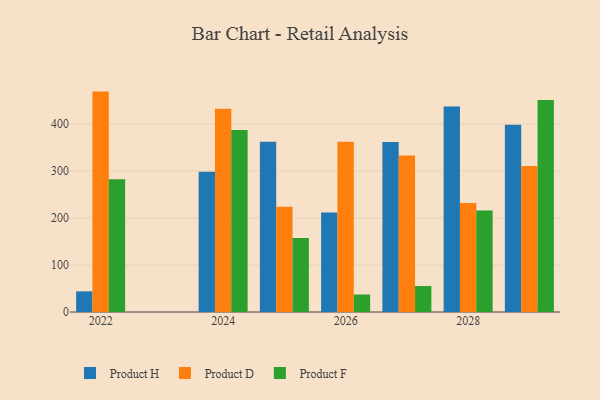
{"axis": {"x": "Year", "y": "Conversion Rate (%)"}, "legend": ["Product D", "Product F", "Product H"], "data": [{"x": "2029", "y": 398.2, "type": "Product H"}, {"x": "2029", "y": 310.8, "type": "Product D"}, {"x": "2029", "y": 450.9, "type": "Product F"}, {"x": "2022", "y": 43.9, "type": "Product H"}, {"x": "2022", "y": 468.8, "type": "Product D"}, {"x": "2022", "y": 282.6, "type": "Product F"}, {"x": "2028", "y": 436.9, "type": "Product H"}, {"x": "2028", "y": 231.7, "type": "Product D"}, {"x": "2028", "y": 216.0, "type": "Product F"}, {"x": "2025", "y": 362.2, "type": "Product H"}, {"x": "2025", "y": 223.9, "type": "Product D"}, {"x": "2025", "y": 157.2, "type": "Product F"}, {"x": "2024", "y": 298.5, "type": "Product H"}, {"x": "2024", "y": 432.4, "type": "Product D"}, {"x": "2024", "y": 387.0, "type": "Product F"}, {"x": "2026", "y": 211.9, "type": "Product H"}, {"x": "2026", "y": 362.3, "type": "Product D"}, {"x": "2026", "y": 37.2, "type": "Product F"}, {"x": "2027", "y": 361.6, "type": "Product H"}, {"x": "2027", "y": 332.9, "type": "Product D"}, {"x": "2027", "y": 55.2, "type": "Product F"}]}